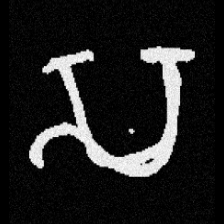
Pyu character \u2014 Myanmar letter: သ (romanized: sa)